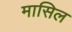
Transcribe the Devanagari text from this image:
मासिल